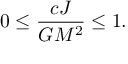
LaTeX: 0 \leq { \frac { c J } { G M ^ { 2 } } } \leq 1 .